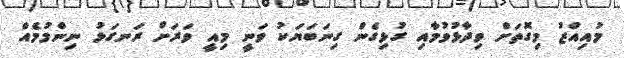
މުއިއްޒު މިގޮތަށް ވިދާޅުވުމާއި ގުޅިގެން ގިނަބަޔަކު ވަނީ މިއީ ވަރަށް ރަނގަޅު ނިންމުމެއް